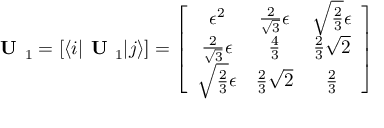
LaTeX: \textbf { U } _ { 1 } = [ \langle i | \textbf { U } _ { 1 } | j \rangle ] = \left[ \begin{array} { c c c } { { \epsilon ^ { 2 } } } & { { \frac { 2 } { \sqrt { 3 } } \epsilon } } & { { \sqrt { \frac { 2 } { 3 } } \epsilon } } \\ { { \frac { 2 } { \sqrt { 3 } } \epsilon } } & { { \frac { 4 } { 3 } } } & { { \frac { 2 } { 3 } \sqrt { 2 } } } \\ { { \sqrt { \frac { 2 } { 3 } } \epsilon } } & { { \frac { 2 } { 3 } \sqrt { 2 } } } & { { \frac { 2 } { 3 } } } \end{array} \right]